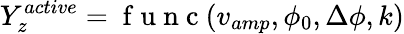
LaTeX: Y_{z}^{active}=\mathrm{~f~u~n~c~}(v_{amp},\phi_{0},\Delta\phi,k)